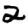
Digit: 2